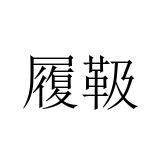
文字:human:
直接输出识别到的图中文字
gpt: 履靸